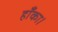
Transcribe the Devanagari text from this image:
हाँका।